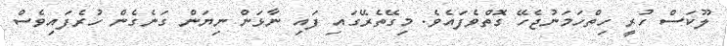
ލޫކަސް ހުރީ ހިތްހަމަނުޖެހޭ ގޮތްވެފައެވެ. މިގޭތެރޭގައި ފައި ނާޅަން ނިޔަން ގަނެގެން ހުރެފައިވެސް